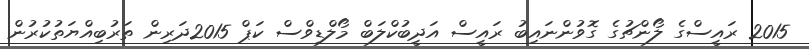
2015 ރައީސްގެ ލޯންޗުގެ ގޮވުންނައިބު ރައީސް އަދީބުކްލަބް މޯލްޑިވްސް ކަޕް 2015ދަރިން ތަރުބިއްޔަތުކުރުން